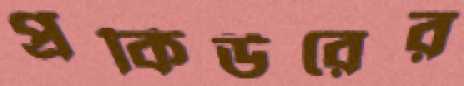
প্রকিউরের